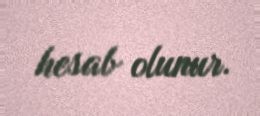
hesab olunur.